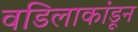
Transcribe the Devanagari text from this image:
वडिलाकांडून